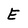
Character: E